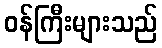
ဝန်ကြီးများသည်